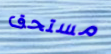
مستحق